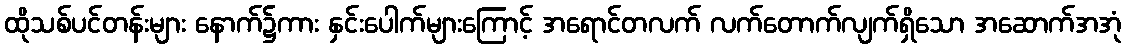
ထိုသစ်ပင်တန်းများ နောက်၌ကား နှင်းပေါက်များကြောင့် အရောင်တလက် လက်တောက်လျက်ရှိသော အဆောက်အအုံ